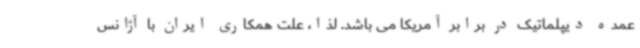
عمده دیپلماتیک در برابر آمریکا می باشد. لذا، علت همکاری ایران با آژانس